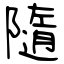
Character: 隨